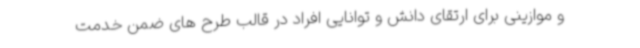
و موازینی برای ارتقای دانش و توانایی افراد در قالب طرح های ضمن خدمت